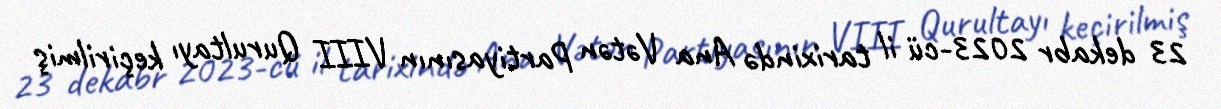
23 dekabr 2023-cü il tarixində Ana Vətən Partiyasının VIII Qurultayı keçirilmiş